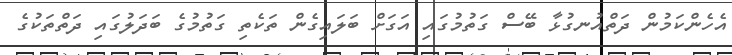
އެހެންކަމުން ދަތްއުނގުޅާ ބޭސް ގަތުމުގައި އަގަށް ބަލައިގެން ތަކެތި ގަތުމުގެ ބަދަލުގައި ދަތްތަކުގެ